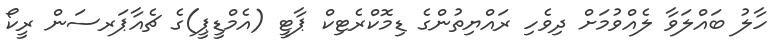
ހާލު ބައްލަވާ ލެއްވުމަށް ދިވެހި ރައްޔިތުންގެ ޑިމޮކްރެޓިކް ޕާޓީ (އެމްޑީޕީ)ގެ ޗެއާޕަރސަން ރީކޯ